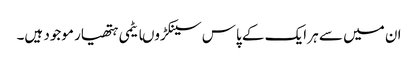
ان میں سے ہر ایک کے پاس سینکڑوںایٹمی ہتھیار موجود ہیں۔